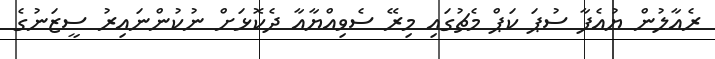
ރެއާލުން ޔުއެފާ ސުޕަ ކަޕް މެޗުގައި މިރޭ ސެވިއްޔާއާ ދެކޮޅަށް ނުކުންނައިރު ސީޒަނުގެ